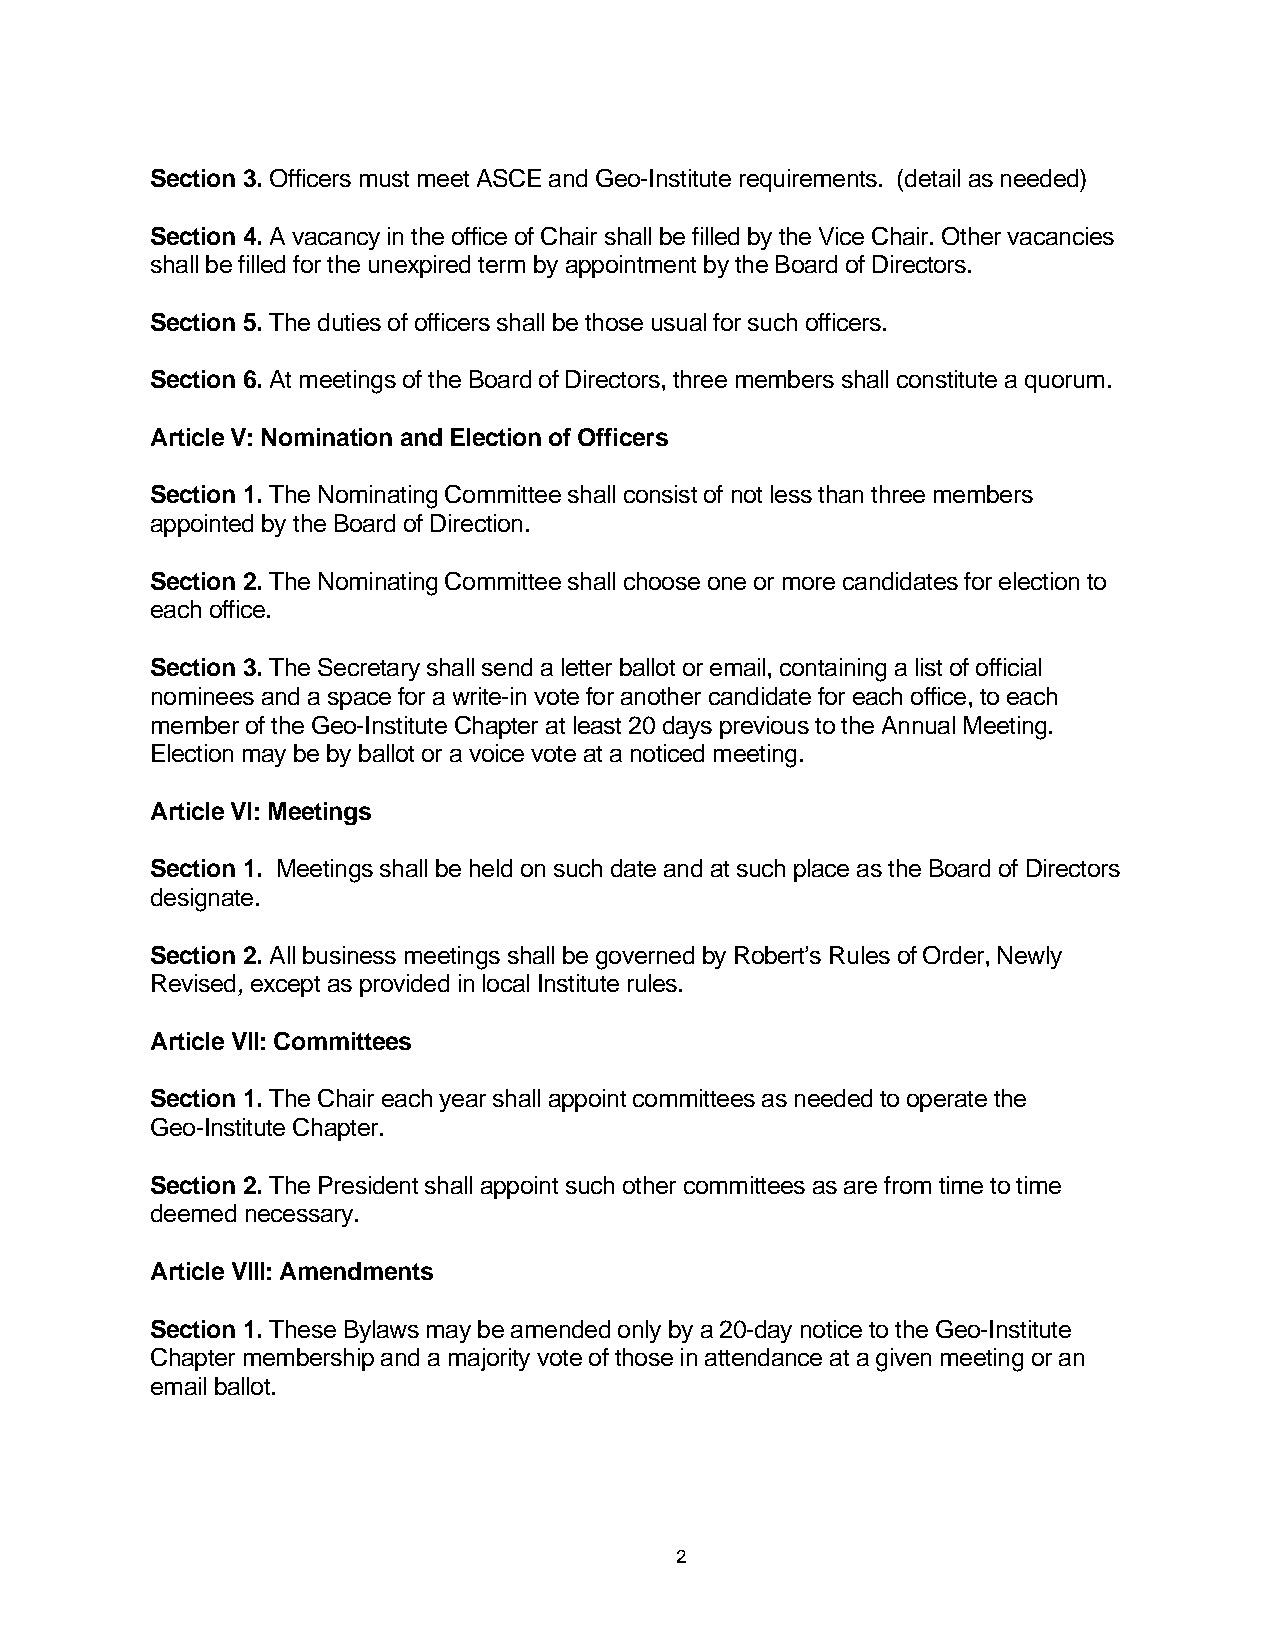
Section 3. Officers must meet ASCE and Geo-Institute requirements. (detail as needed)
 Section 4. A vacancy in the office of Chair shall be filled by the Vice Chair. Other vacancies
 shall be filled for the unexpired term by appointment by the Board of Directors.
 Section 5. The duties of officers shall be those usual for such officers.
 Section 6. At meetings of the Board of Directors, three members shall constitute a quorum.
 Article V: Nomination and Election of Officers
 Section 1. The Nominating Committee shall consist of not less than three members
 appointed by the Board of Direction.
 Section 2. The Nominating Committee shall choose one or more candidates for election to
 each office.
 Section 3. The Secretary shall send a letter ballot or email, containing a list of official
 nominees and a space for a write-in vote for another candidate for each office, to each
 member of the Geo-Institute Chapter at least 20 days previous to the Annual Meeting.
 Election may be by ballot or a voice vote at a noticed meeting.
 Article VI: Meetings
 Section 1. Meetings shall be held on such date and at such place as the Board of Directors
 designate.
 Section 2. All business meetings shall be governed by Robert’s Rules of Order, Newly
 Revised, except as provided in local Institute rules.
 Article VII: Committees
 Section 1. The Chair each year shall appoint committees as needed to operate the
 Geo-Institute Chapter.
 Section 2. The President shall appoint such other committees as are from time to time
 deemed necessary.
 Article VIII: Amendments
 Section 1. These Bylaws may be amended only by a 20-day notice to the Geo-Institute
 Chapter membership and a majority vote of those in attendance at a given meeting or an
 email ballot.
 2